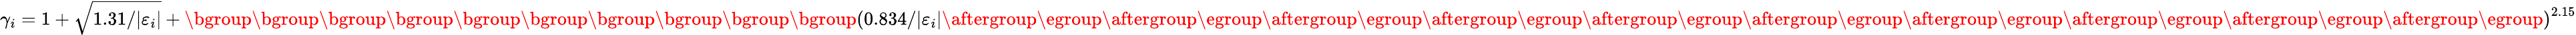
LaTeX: \gamma_{i}=1+\sqrt{{1.31}/{|\varepsilon_{i}}|}+\mathopen{}\mathclose\bgroup\mathopen{}\mathclose\bgroup\mathopen{}\mathclose\bgroup\mathopen{}\mathclose\bgroup\mathopen{}\mathclose\bgroup\mathopen{}\mathclose\bgroup\mathopen{}\mathclose\bgroup\mathopen{}\mathclose\bgroup\mathopen{}\mathclose\bgroup\mathopen{}\mathclose\bgroup\left({0.834}/{|\varepsilon_{i}|}\aftergroup\egroup\aftergroup\egroup\aftergroup\egroup\aftergroup\egroup\aftergroup\egroup\aftergroup\egroup\aftergroup\egroup\aftergroup\egroup\aftergroup\egroup\aftergroup\egroup\right)^{2.15}